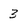
Character: 3